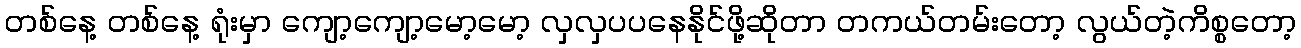
တစ်နေ့ တစ်နေ့ ရုံးမှာ ကျော့ကျော့မော့မော့ လှလှပပနေနိုင်ဖို့ဆိုတာ တကယ်တမ်းတော့ လွယ်တဲ့ကိစ္စတော့